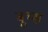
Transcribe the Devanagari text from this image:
बूथ्स